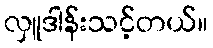
လှူဒါန်းသင့်တယ်။